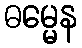
ဓမ္မေန